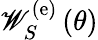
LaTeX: {\mathscr W}_{S}^{\left(\mathrm{e}\right)}\left(\theta\right)